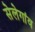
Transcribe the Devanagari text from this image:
सेलेगांव